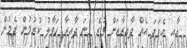
އާއި އެފަދަ އެއް ދާއިރާއަށް ވުރެ ގިނަ ދާއިރާ ހަވާލު ކުރުމުން ދެމުން